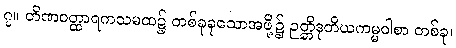
၇။ တိဏဝတ္ထာရကသမထ၌ တစ်ခုခုသောအဖို့၌ ဉတ္တိဒုတိယကမ္မဝါစာ တစ်ခု၊